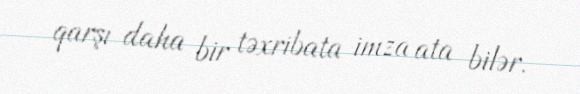
qarşı daha bir təxribata imza ata bilər.